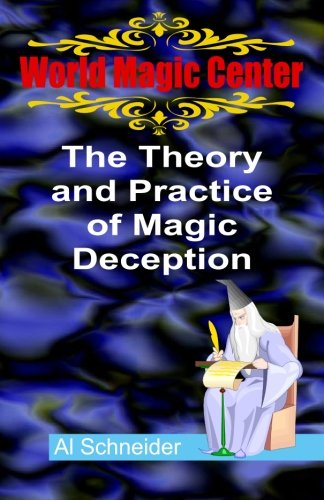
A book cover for The Theory and Practice of Magic Deception; Mr. Al Schneider; Humor & Entertainment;